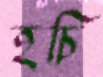
হচি